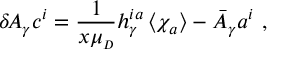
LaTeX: \delta \! A _ { \gamma } c ^ { i } = \frac { 1 } { x \mu _ { \scriptscriptstyle D } } h _ { \gamma } ^ { i a } \left\langle \chi _ { a } \right\rangle - \bar { A } _ { \gamma } a ^ { i } ~ ,